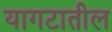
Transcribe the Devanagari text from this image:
यागटातील